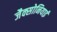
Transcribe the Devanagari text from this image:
जैक्सोनियाई